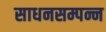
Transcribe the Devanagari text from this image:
साधनसम्पन्न